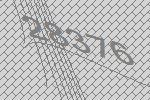
28376